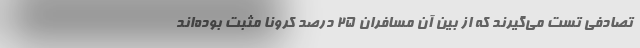
تصادفی تست می‌گیرند که از بین آن مسافران ۲۵ درصد کرونا مثبت بوده‌اند